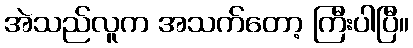
အဲသည်လူက အသက်တော့ ကြီးပါပြီ။